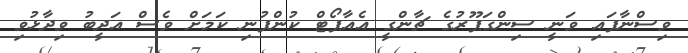
ވިސްނާފައި ވަނީ ސިންގަޕޫރުގެ ޗާންގީ އެއާޕޯޓް ކުންފުނި ކަމަށް ވެސް އަދީބު ވިދާޅުވި